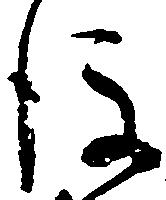
後